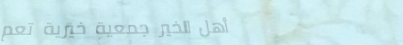
أهل الخير جمعية خيرية تعم